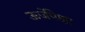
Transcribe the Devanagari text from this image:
ऊर्जेपेक्षा